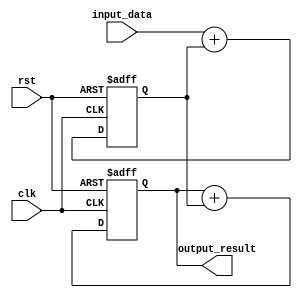
module parallel_accumulator(
    input wire clk,
    input wire rst,
    input wire [7:0] input_data,
    output reg [15:0] output_result
);

reg [7:0] sum;
reg [15:0] accumulator;

always @(posedge clk or posedge rst) begin
    if (rst) begin
        sum <= 8'b0;
        accumulator <= 16'b0;
    end else begin
        sum <= input_data + sum;
        accumulator <= accumulator + sum;
    end
end

assign output_result = accumulator;

endmodule